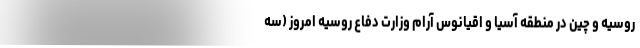
روسیه و چین در منطقه آسیا و اقیانوس آرام وزارت دفاع روسیه امروز (سه